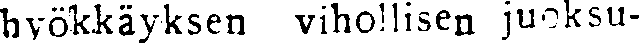
hyökkäyksen vihollisen juoksu-